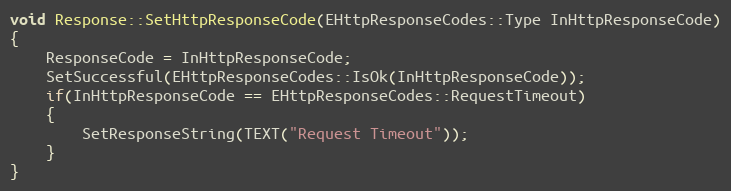
Language: C++
void Response::SetHttpResponseCode(EHttpResponseCodes::Type InHttpResponseCode)
{
    ResponseCode = InHttpResponseCode;
    SetSuccessful(EHttpResponseCodes::IsOk(InHttpResponseCode));
    if(InHttpResponseCode == EHttpResponseCodes::RequestTimeout)
    {
        SetResponseString(TEXT("Request Timeout"));
    }
}